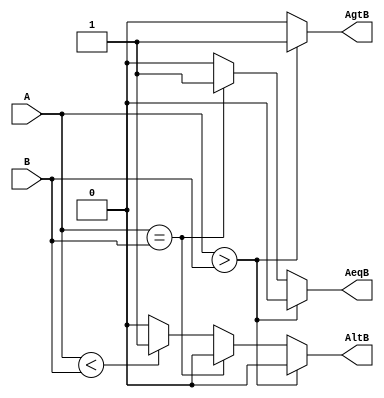
`timescale 1ns / 1ps
//////////////////////////////////////////////////////////////////////////////////
// Company: 
// Engineer: 
// 
// Design Name: 
// Module Name: Comparator32Bit
// Project Name: 
// Target Devices: 
// Tool Versions: 
// Description: 
// 
// Dependencies: 
// 
// Revision:
// Revision 0.01 - File Created
// Additional Comments:
// 
//////////////////////////////////////////////////////////////////////////////////


module Comparator32Bit(A,B,AltB,AeqB,AgtB);
    
    input [31:0] A,B;
    output reg AltB,AeqB,AgtB;
    
    always @(*) begin
        if (A > B) begin
            AltB <= 0;
            AeqB <= 0;
            AgtB <= 1;
        end
        
        else if (A == B) begin
            AltB <= 0;
            AeqB <= 1;
            AgtB <= 0;
        end
        else if (A < B) begin
            AltB <= 1;
            AeqB <= 0;
            AgtB <= 0;
        end
        else begin
            AltB <= 0;
            AeqB <= 0;
            AgtB <= 0;
        end
    end
endmodule